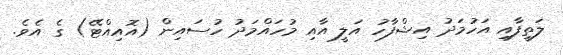
ލަތީފާއި އަހުމަދު އިޝްފާހު އަލީ އާއި މުހައްމަދު ހުސައިން (އޮއިއްޓޭ) ގެ އެވެ.